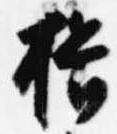
揖